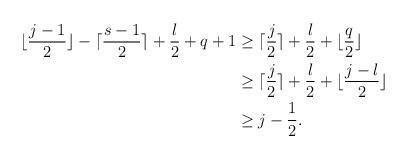
LaTeX: \begin{align*}\begin{aligned}\lfloor\frac{j-1}{2}\rfloor-\lceil\frac{s-1}{2}\rceil+\frac{l}{2}+q+1&\geq \lceil\frac{j}{2}\rceil+\frac{l}{2}+\lfloor\frac{q}{2}\rfloor\\&\geq \lceil\frac{j}{2}\rceil+\frac{l}{2}+\lfloor\frac{j-l}{2}\rfloor\\&\geq j-\frac{1}{2}.\end{aligned}\end{align*}